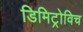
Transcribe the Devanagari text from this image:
डिमिट्रोविच